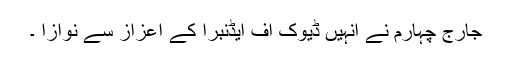
جارج چہارم نے انہیں ڈیوک آف ایڈنبرا کے اعزاز سے نوازا ۔